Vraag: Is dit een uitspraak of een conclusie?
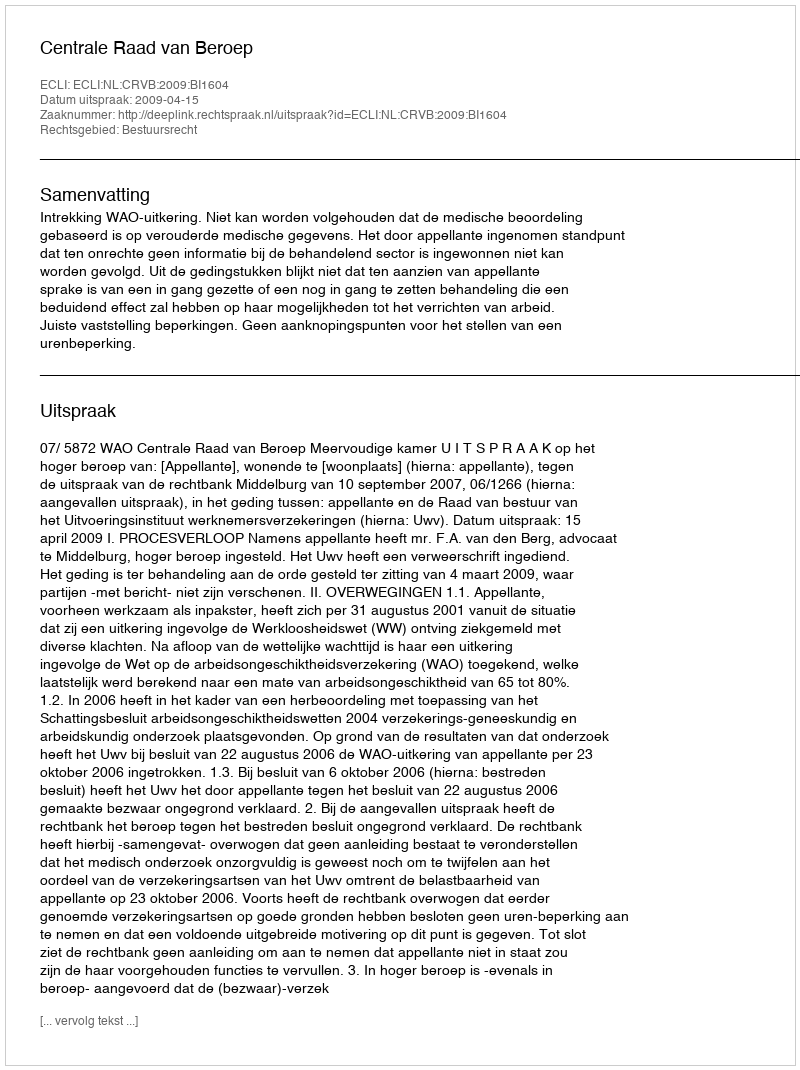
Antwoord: Uitspraak